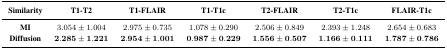
<table><thead><tr><td><b>Similarity</b></td><td><b>T1-T2</b></td><td><b>T1-FLAIR</b></td><td><b>T1-T1c</b></td><td><b>T2-FLAIR</b></td><td><b>T2-T1c</b></td><td><b>FLAIR-T1c</b></td></tr></thead><tbody><tr><td><b>MI</b></td><td>3.054 ±1.004</td><td>2.975 ±0.735</td><td>1.078 ±0.290</td><td>2.506 ±0.849</td><td>2.393 ± 1.248</td><td>2.654 ±0.683</td></tr><tr><td><b>Diffusion</b></td><td><b>2.285 ±1.221</b></td><td><b>2.954 ±1.001</b></td><td><b>0.987 ±0.229</b></td><td><b>1.556 ±0.507</b></td><td><b>1.166 ±0.111</b></td><td><b>1.787 ±0.786</b></td></tr></tbody></table>